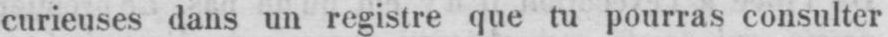
curieuses dans un registre que tu pourras consulter